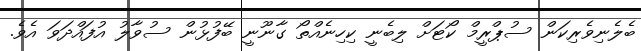
ބެލެނިވެރިކަން ސުޕްރީމް ކޯޓަށް ލިބެނީ ކިހިނެއްތޯ ގާނޫނީ ބޭފުޅުން ސުވާލު އުފައްދަވަ އެވެ.